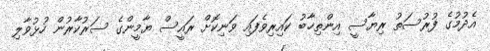
އެދުމުގެ ފުރުސަތު ރިޔާސީ އިންތިޚާބު ކައިރިވެފައި ވަނިކޮށް ރައީސް ޔާމީންގެ ސަރުކާރުން ހުޅުވާލި